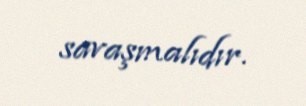
savaşmalıdır.